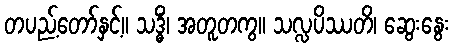
တပည့်တော်နှင့်။ သဒ္ဓိံ၊ အတူတကွ။ သလ္လပိဿတိ၊ ဆွေးနွေး